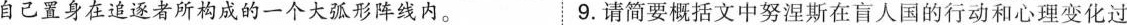
自己置身在追逐者所构成的一个大弧形阵线内。9.请简要概括文中努涅斯在盲人国的行动和心理变化过